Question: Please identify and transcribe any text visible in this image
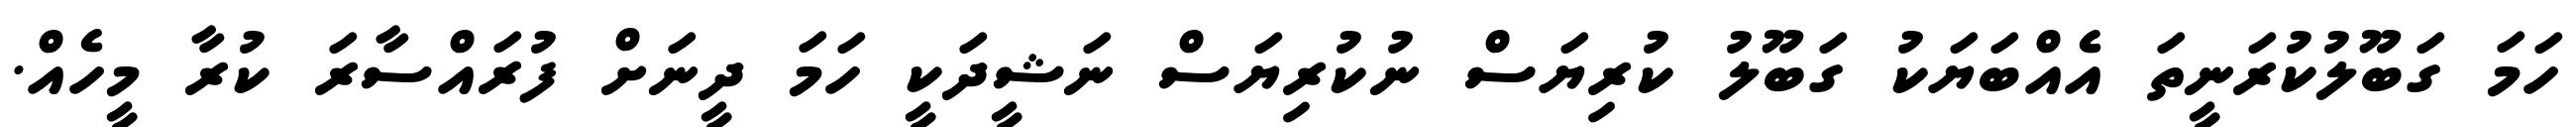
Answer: ހަމަ ގަބޫލުކުރަނީތަ އެއްބަޔަކު ގަބޫލު ކުރިޔަސް ނުކުރިޔަސް ނަޝީދަކީ ހަމަ ދީނަށް ފުރައްސާރަ ކުރާ މީހެއް.